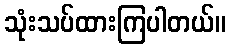
သုံးသပ်ထားကြပါတယ်။